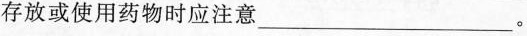
存放或使用药物时应注意___。